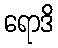
ရောဒိ